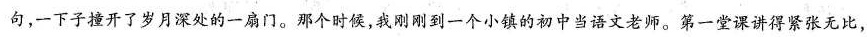
句，一下子撞开了岁月深处的一店门。那个时候，我刚刚到一个小镇的初中当语文老师。第一堂课讲得紧张无比，